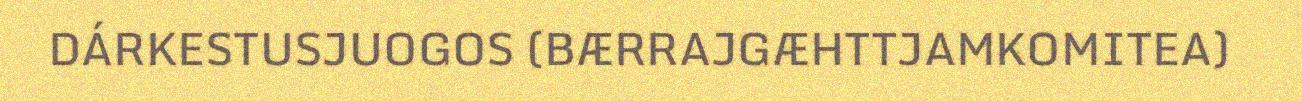
DÁRKESTUSJUOGOS (BÆRRAJGÆHTTJAMKOMITEA)